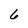
Character: 6